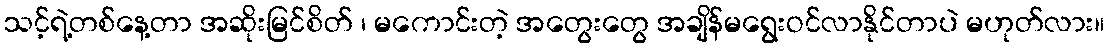
သင့်ရဲ့တစ်နေ့တာ အဆိုးမြင်စိတ် ၊ မကောင်းတဲ့ အတွေးတွေ အချိန်မရွေးဝင်လာနိုင်တာပဲ မဟုတ်လား။